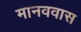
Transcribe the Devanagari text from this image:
मानववास